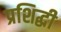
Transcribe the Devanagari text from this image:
प्रशिद्धी